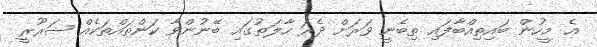
އެ މީހުން ބައިތިއްބާފައި ތިބެނީ ވަރަށް ދެރަ ހާލަތުގައި ބޭނުންވާ ކަންތައްތަކެއް ޟަރޫރީ